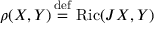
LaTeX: \rho ( X , Y ) \, { \stackrel { \mathrm { d e f } } { = } } \, \operatorname { R i c } ( J X , Y )